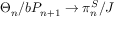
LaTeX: \Theta _ { n } / b P _ { n + 1 } \to \pi _ { n } ^ { S } / J